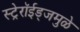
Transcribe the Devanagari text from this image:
स्ट्रेरॉईड्जमुळे